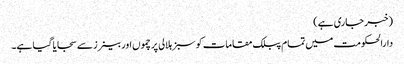
(خبر جاری ہے)
دارالحکومت میں تمام پبلک مقامات کو سبز ہلالی پرچموں اور بینرز سے سجایا گیا ہے۔